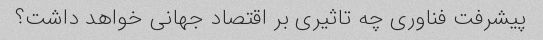
پیشرفت فناوری چه تاثیری بر اقتصاد جهانی خواهد داشت؟